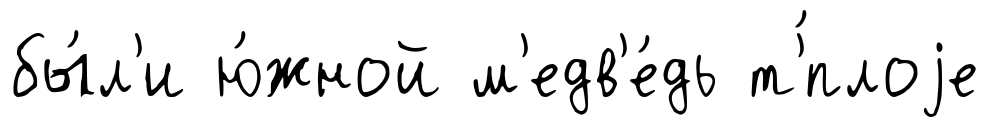
бы́л'и ю́жной м'едв'е́дь т'́плоjе